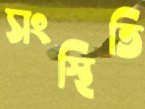
সংস্থিতি